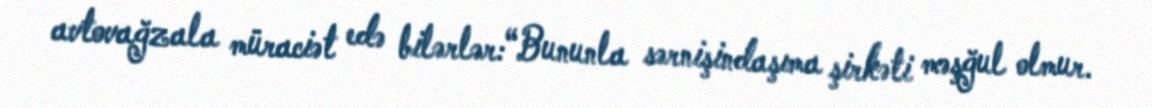
avtovağzala müraciət edə bilərlər:“Bununla sərnişindaşıma şirkəti məşğul olmur.